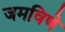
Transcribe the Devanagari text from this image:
जमविणे